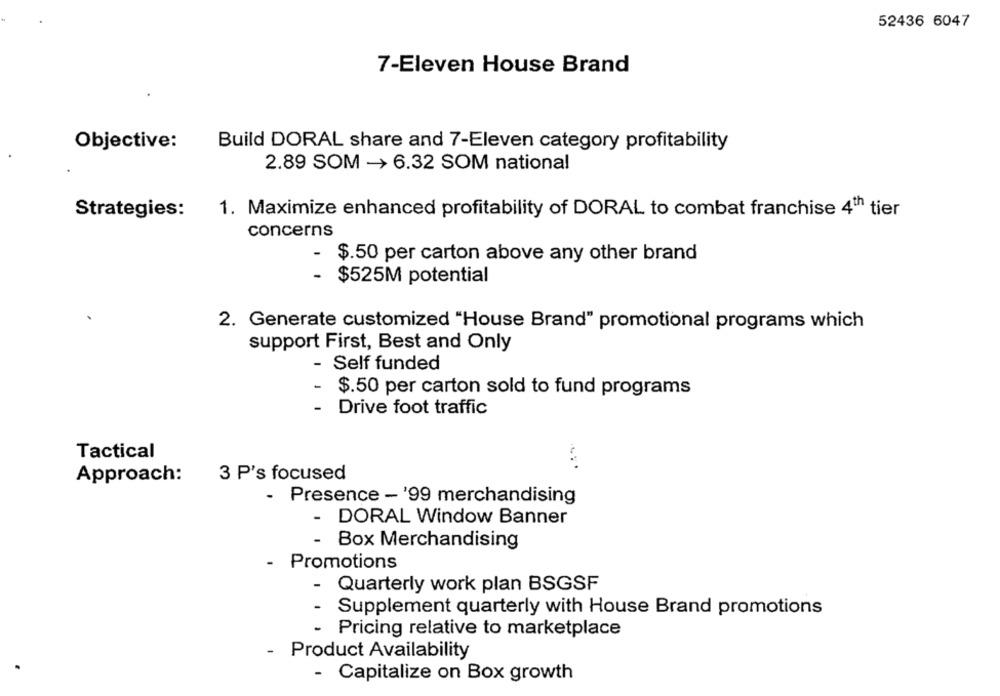
52436 6047
7-Eleven House Brand
Objective:
Build DORAL share and 7-Eleven category profitability
2.89 SOM -> 6.32 SOM national
Strategies:
1. Maximize enhanced profitability of DORAL to combat franchise 4th tier
concerns
- $.50 per carton above any other brand
- $525M potential
2. Generate customized "House Brand" promotional programs which
support First, Best and Only
- Self funded
-
$.50 per carton sold to fund programs
- Drive foot traffic
Tactical
Approach:
3 P's focused
- Presence - '99 merchandising
- DORAL Window Banner
-
Box Merchandising
- Promotions
- Quarterly work plan BSGSF
-
Supplement quarterly with House Brand promotions
- Pricing relative to marketplace
- Product Availability
- Capitalize on Box growth